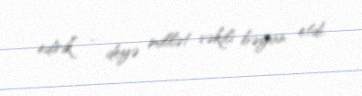
edirik” - deyə millət vəkili bəyan etdi.